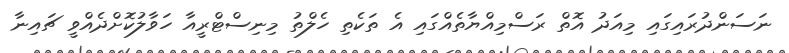
ނަސަންދުރައިގައި މިއަދު އޮތް ރަސްމިއްޔާތެއްގައި އެ ތަކެތި ހެލްތު މިނިސްޓްރީއާ ހަވާލުކޮށްދެއްވީ ޗައިނާ